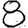
Digit: 8